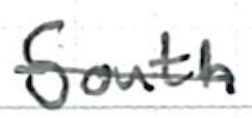
Text: South
Cross-out: single-line
Writing tool: ballpoint